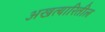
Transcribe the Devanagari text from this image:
अखत्यारितील